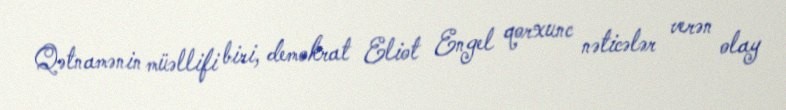
Qətnamənin müəllifi biri, demokrat Eliot Engel qorxunc nəticələr verən olay